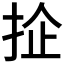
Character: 𢬖